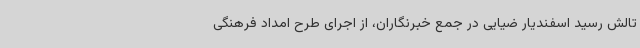
تالش رسید اسفندیار ضیایی در جمع خبرنگاران، از اجرای طرح امداد فرهنگی